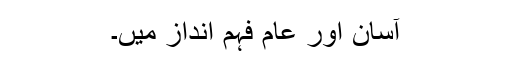
آسان اور عام فہم انداز میں۔